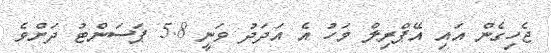
ޖެހިގެން އައި އޭޕްރިލް މަހު އެ އަދަދު ވަނީ 5.8 ޕަސަންޓު ދަށްވެ